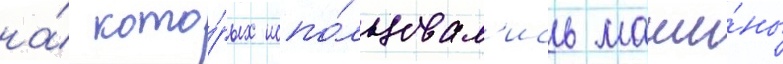
на́ кото́рых испо́льзовал'ись маши́ны